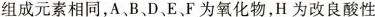
组成元素相同，A、B、D、E、F为氧化物，H为改良酸性